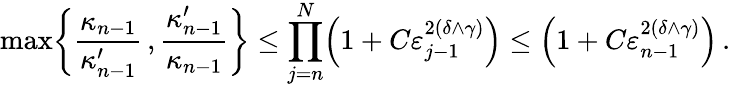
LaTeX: \operatorname*{max}\biggl\{ \frac{\kappa_{n-1}}{\kappa_{n-1}^{\prime}}\, ,\frac{\kappa_{n-1}^{\prime}}{\kappa_{n-1}}\biggr\} \leq\prod_{j=n}^{N}\Bigl(1+C\varepsilon_{j-1}^{2(\delta\wedge\gamma)}\Bigr)\leq\Bigl(1+C\varepsilon_{n-1}^{2(\delta\wedge\gamma)}\Bigr)\, .